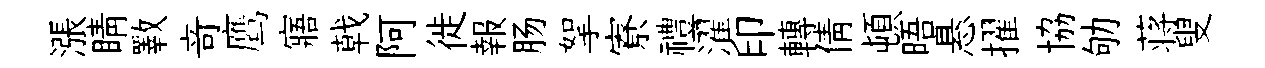
漲睛斁竒鹰寤戟阿徙報肠挐寮禮濯印轉倩頓晤悬擢協劬蒋叟